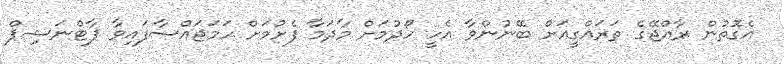
އެގޮތުން ރާއްޖޭގެ ތަރައްގީއަށް ބޭނުންވާ އެހީ ހޯދުމަށް މާދަމާ ފެށުމަށް ހަމަޖައްސާފައިވާ ޕާޓްނަޝިޕް